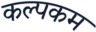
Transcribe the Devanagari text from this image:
कल्पकम